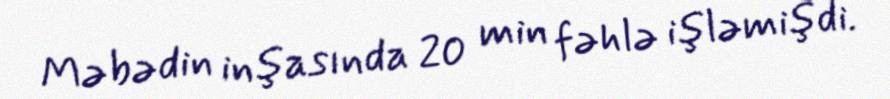
Məbədin inşasında 20 min fəhlə işləmişdi.